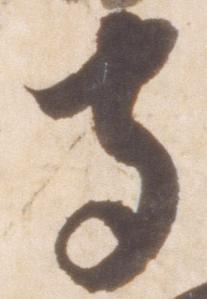
守